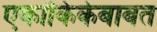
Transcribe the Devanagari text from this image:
एकांकिकेबाबत